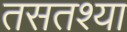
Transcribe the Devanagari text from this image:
तसतश्या